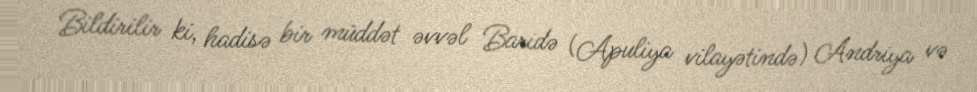
Bildirilir ki, hadisə bir müddət əvvəl Baridə (Apuliya vilayətində) Andriya və